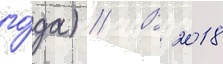
го́да) // В 2018